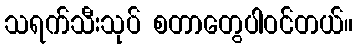
သရက်သီးသုပ် စတာတွေပါဝင်တယ်။